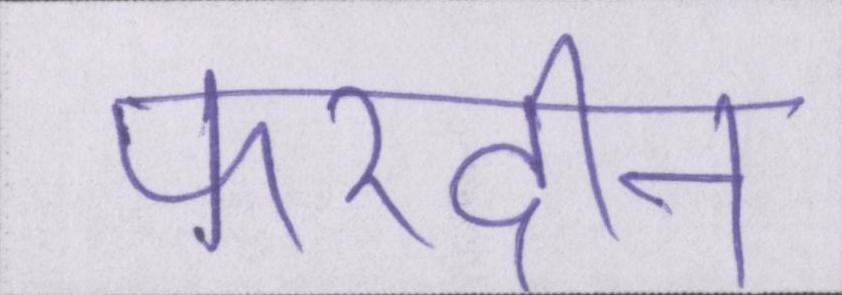
फरदीन